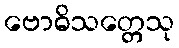
ဗောဓိသတ္တေသု